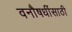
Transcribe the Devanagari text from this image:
वनौषधींसाठी